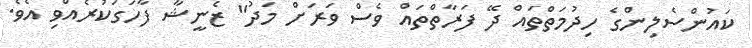
ކައުންސެލިންގެ ހިދުމަތްތައް ދޭ ފަރާތްތައް ވެސް ވަރަށް މަދު" ޒެނީޝާ ފާހަގަކުރެއްވި އެވެ.